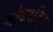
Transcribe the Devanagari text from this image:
जोड़रहित